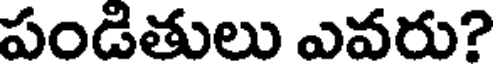
పండితులు ఎవరు?